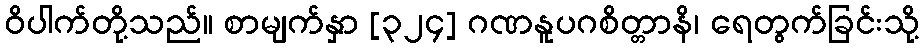
ဝိပါက်တို့သည်။ စာမျက်နှာ [၃၂၄] ဂဏနူပဂစိတ္တာနိ၊ ရေတွက်ခြင်းသို့